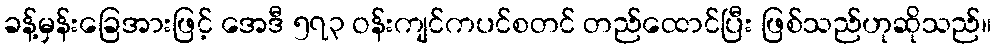
ခန့်မှန်းခြေအားဖြင့် အေဒီ ၅၇၃ ဝန်းကျင်ကပင်စတင် တည်ထောင်ပြီး ဖြစ်သည်ဟုဆိုသည်။